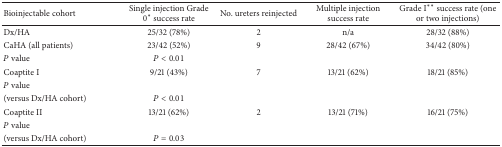
| Bioinjectable cohort | Single injection Grade 0* success rate | No. ureters reinjected | Multiple injection success rate | Grade I** success rate (one or two injections) |
 | --- | --- | --- | --- | --- |
 | Dx/HA | 25/32 (78%) | 2 | n/a | 28/32 (88%) |
 | CaHA (all patients) | 23/42 (52%) | 9 | 28/42 (67%) | 34/42 (80%) |
 | P value | P < 0.01 |  |  |  |
 | Coaptite I | 9/21 (43%) | 7 | 13/21 (62%) | 18/21 (85%) |
 | P value |  |  |  |  |
 | (versus Dx/HA cohort) | P < 0.01 |  |  |  |
 | Coaptite II | 13/21 (62%) | 2 | 13/21 (71%) | 16/21 (75%) |
 | P value |  |  |  |  |
 | (versus Dx/HA cohort) | P = 0.03 |  |  |  |